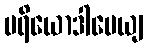
ပရိယောဒါပေယျ